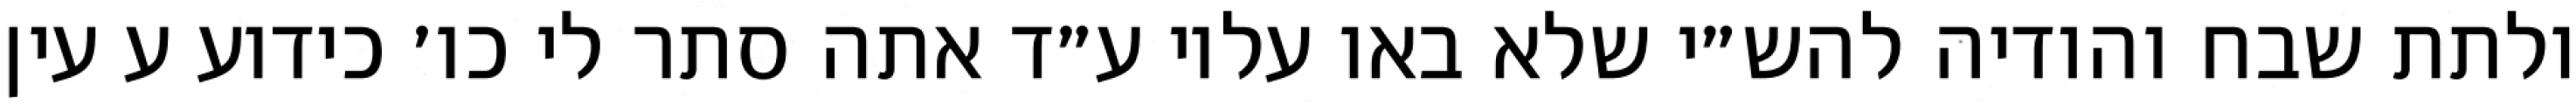
ולתת שבח והודיה להש״י שלא באו עליו ע״ד אתה סתר לי כו׳ כידוע ע עין